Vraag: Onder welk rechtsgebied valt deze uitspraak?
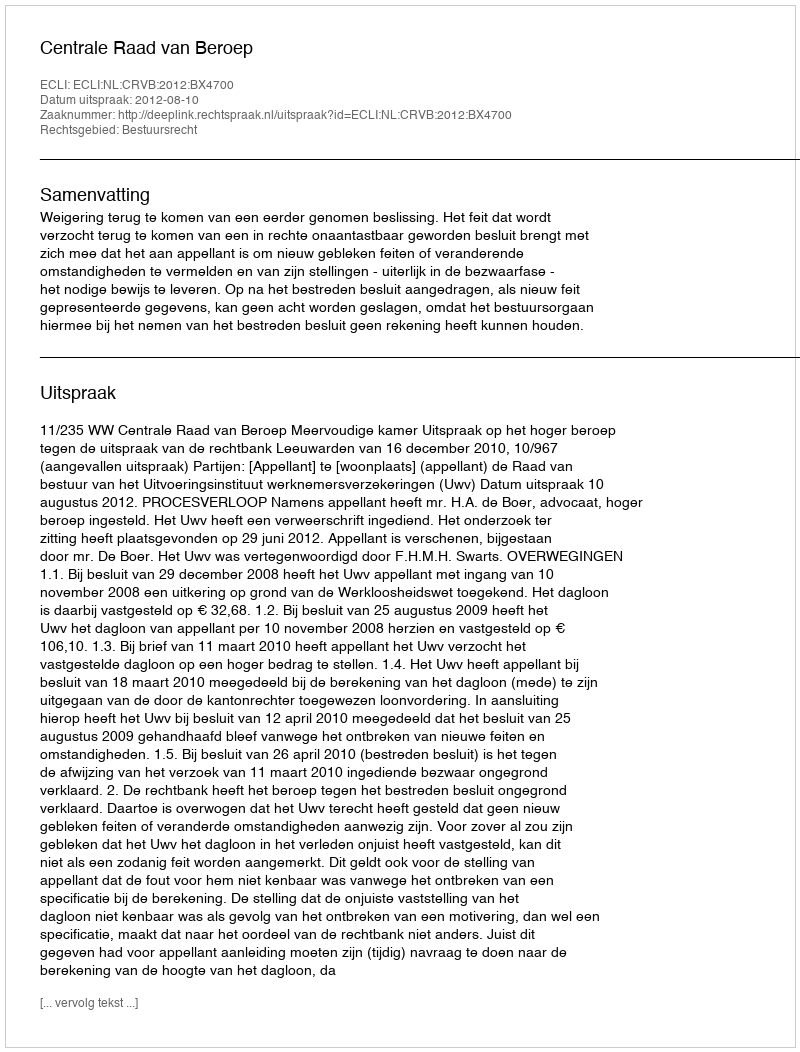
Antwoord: Bestuursrecht